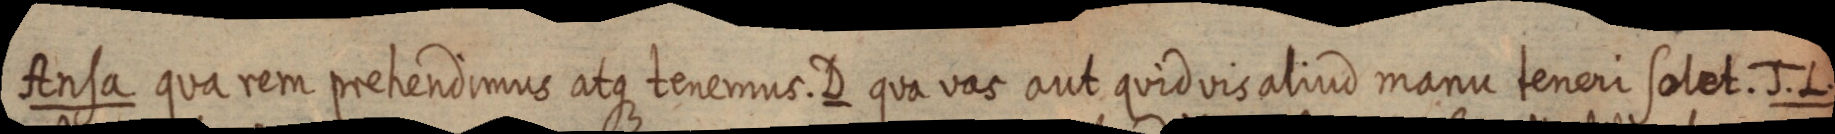
Ansa qua rem prehendimus atque tenemus. D qua vas aut quid vis aliud manu teneri solet. J. L.